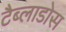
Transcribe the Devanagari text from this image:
टैब्लाडोस